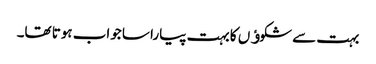
بہت سے شکوﺅں کا بہت پیارا سا جواب ہوتا تھا۔